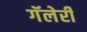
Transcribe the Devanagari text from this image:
गॅलेरी